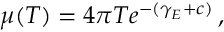
\mu ( T ) = 4 \pi T e ^ { - ( \gamma _ { E } + c ) } \, ,